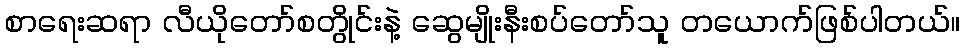
စာရေးဆရာ လီယိုတော်စတွိုင်းနဲ့ ဆွေမျိုးနီးစပ်တော်သူ တယောက်ဖြစ်ပါတယ်။